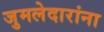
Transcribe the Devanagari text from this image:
जुमलेदारांना